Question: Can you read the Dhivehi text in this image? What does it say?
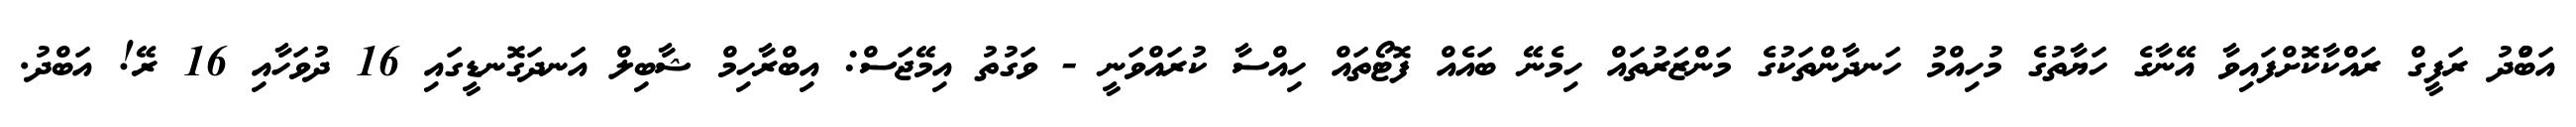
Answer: އަބްުދު ރަފީގް ރައްކާކޮށްފައިވާ އޭނާގެ ހަޔާތުގެ މުހިއްމު ހަނދާންތަކުގެ މަންޒަރުތައް ހިމެނޭ ބައެއް ފޮޓޯތައް ހިއްސާ ކުރައްވަނީ - ވަގުތު އިމޭޖަސް: އިބްރާހިމް ޝާބިލް އަނދަގޮނޑީގައި 16 ދުވަހާއި 16 ރޭ! އަބްދު.